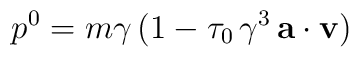
p^{0}=m\gamma \,\bigl(1-\tau _{0}\,\gamma ^{3}\,{\bf a}\cdot {\bf v}\bigr)